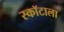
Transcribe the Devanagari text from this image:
स्कॉटाला